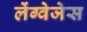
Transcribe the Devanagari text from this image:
लेंग्वेजेस